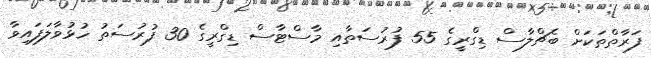
ފަރާތްތަކަށް ބެޗްލާސް ޑިގްރީގެ 55 ފުރުސަތާއި މާސްޓާސް ޑިގްރީގެ 30 ފުރުސަތު ހުޅުވާލަފައިވާ